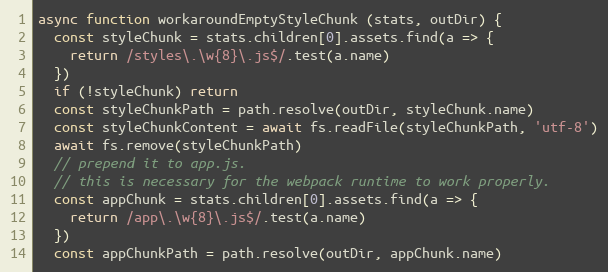
Language: JavaScript
async function workaroundEmptyStyleChunk (stats, outDir) {
  const styleChunk = stats.children[0].assets.find(a => {
    return /styles\.\w{8}\.js$/.test(a.name)
  })
  if (!styleChunk) return
  const styleChunkPath = path.resolve(outDir, styleChunk.name)
  const styleChunkContent = await fs.readFile(styleChunkPath, 'utf-8')
  await fs.remove(styleChunkPath)
  // prepend it to app.js.
  // this is necessary for the webpack runtime to work properly.
  const appChunk = stats.children[0].assets.find(a => {
    return /app\.\w{8}\.js$/.test(a.name)
  })
  const appChunkPath = path.resolve(outDir, appChunk.name)